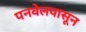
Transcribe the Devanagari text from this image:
पनवेलपासून